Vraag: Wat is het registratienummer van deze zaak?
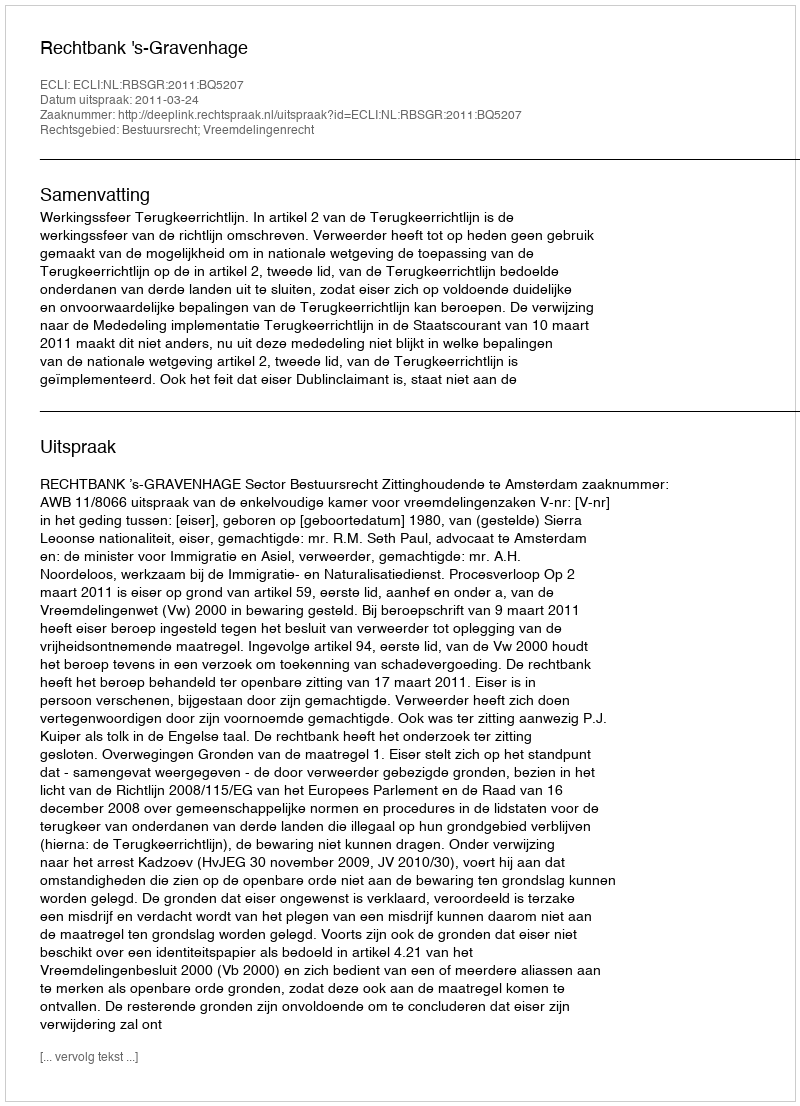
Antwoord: http://deeplink.rechtspraak.nl/uitspraak?id=ECLI:NL:RBSGR:2011:BQ5207